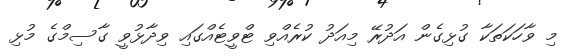
މި ވާހަކަތަކާ ގުޅިގެން އަދުރޭ މިއަދު ކުރެއްވި ޓްވީޓެއްގައި ވިދާޅުވީ ގާސިމްގެ މުޅި